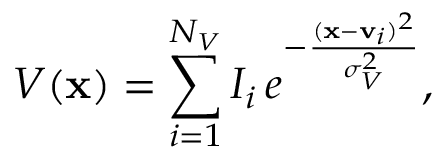
V ( \mathbf { x } ) = \sum _ { i = 1 } ^ { N _ { V } } I _ { i } \, e ^ { - \frac { ( \mathbf { x } - { \mathbf v } _ { i } ) ^ { 2 } } { \sigma _ { V } ^ { 2 } } } ,